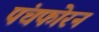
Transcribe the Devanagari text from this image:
पंचफोरन